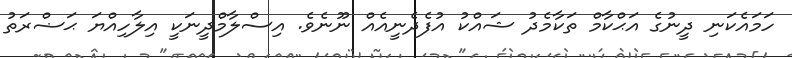
ހަމައެކަނި ދީނުގެ އަޙްކާމް ތަކާމެދު ޝައްކު އުފެދެނީއެއް ނޫނެވެ. އިސްލާމްދީނަކީ އިލާހިއްޔަ ޙަޟްރަތު